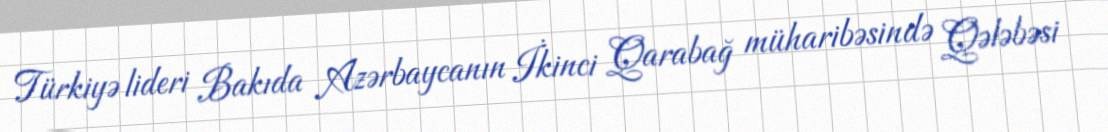
Türkiyə lideri Bakıda Azərbaycanın İkinci Qarabağ müharibəsində Qələbəsi